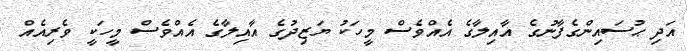
އަދި ޙުސައިންގެފާނުގެ އާއިލާގެ އެއްވެސް މީހަކު ޔަޒިދުގެ އާއިލާގެ އެއްވެސް މީހަކީ ވެރިއެއް